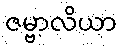
ဇမ္ဗာလိယာ